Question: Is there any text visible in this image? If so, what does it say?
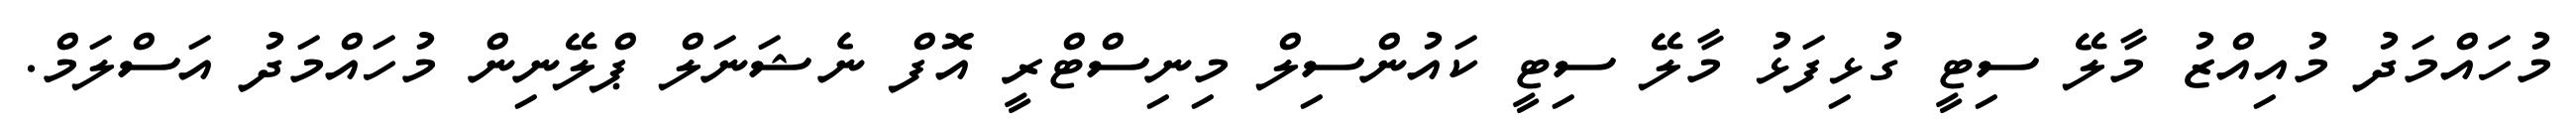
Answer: މުހައްމަދު މުއިއްޒު މާލޭ ސިޓީ ގުޅިފަޅު މާލޭ ސިޓީ ކައުންސިލް މިނިސްޓްރީ އޮފް ނެޝަނަލް ޕްލޭނިން މުހައްމަދު އަސްލަމް.